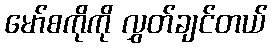
မော်စကိုကို လွှတ်ချင်တယ်